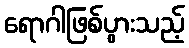
ရောဂါဖြစ်ပွားသည့်